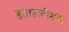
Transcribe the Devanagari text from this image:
इतालवीशब्द